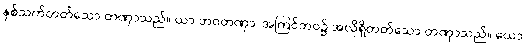
နှစ်သက်တတ်သော တဏှာသည်။ ယာ ဘဝတဏှာ၊ အကြင်ဘဝ၌ အလိုရှိတတ်သော တဏှာသည်။ ယော